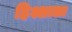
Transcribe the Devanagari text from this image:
हिश्शाला